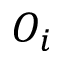
O _ { i }